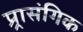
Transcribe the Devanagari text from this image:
प्र्रासंगिक